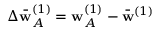
\Delta \bar { \mathbf { w } } _ { A } ^ { ( 1 ) } = \mathbf { w } _ { A } ^ { ( 1 ) } - \bar { \mathbf { w } } ^ { ( 1 ) }